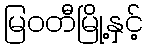
မြဝတီမြို့နှင့်